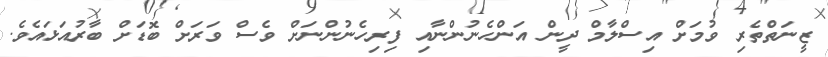
ޒީނަތްތެރި ވުމަށް އިސްލާމް ދީން އަންހެނުންނާއި ފިރިހެނުންނަށް ވެސް ވަރަށް ބޮޑަށް ބާރުއަޅައެވެ.